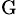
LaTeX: ^\mathrm{G}